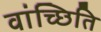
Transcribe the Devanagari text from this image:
वांच्छिति